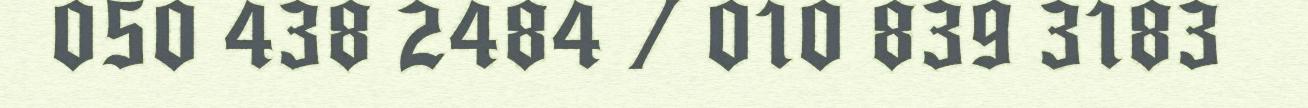
050 438 2484 / 010 839 3183